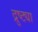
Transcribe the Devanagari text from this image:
द्रुष्ट्या